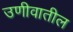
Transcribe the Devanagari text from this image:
उणीवातील